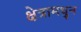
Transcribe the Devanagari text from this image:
क्षेत्रामधुन